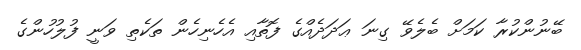
ބޭނުންކުރާ ކަމަށް ބެލެވޭ ގިނަ ޢަދަދެއްގެ ފޮތާއި އެހެނިހެން ތަކެތި ވަނީ ފުލުހުންގެ